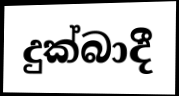
දුක්බාදී